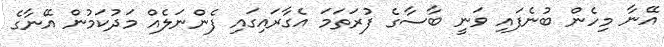
އޭނާ މިހެން ބުނެފައި ވަނީ ބާސާގެ ފުރަތަމަ އެގާރައިގައި ފެންނަލެއް މަދުކަމުން އޭނާގެ